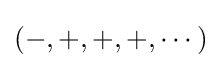
(-,+,+,+,\cdots )